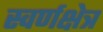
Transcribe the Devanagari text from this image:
स्वर्णक्षेत्र